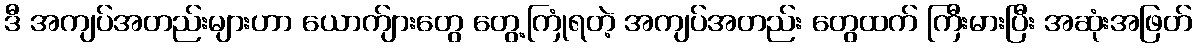
ဒီ အကျပ်အတည်းများဟာ ယောက်ျားတွေ တွေ့ကြုံရတဲ့ အကျပ်အတည်း တွေထက် ကြီးမားပြီး အဆုံးအဖြတ်